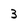
Character: 3